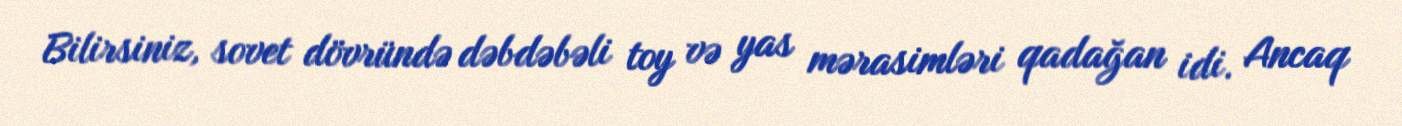
Bilirsiniz, sovet dövründə dəbdəbəli toy və yas mərasimləri qadağan idi. Ancaq